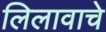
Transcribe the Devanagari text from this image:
लिलावाचे